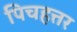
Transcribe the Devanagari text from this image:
पिचहत्तर